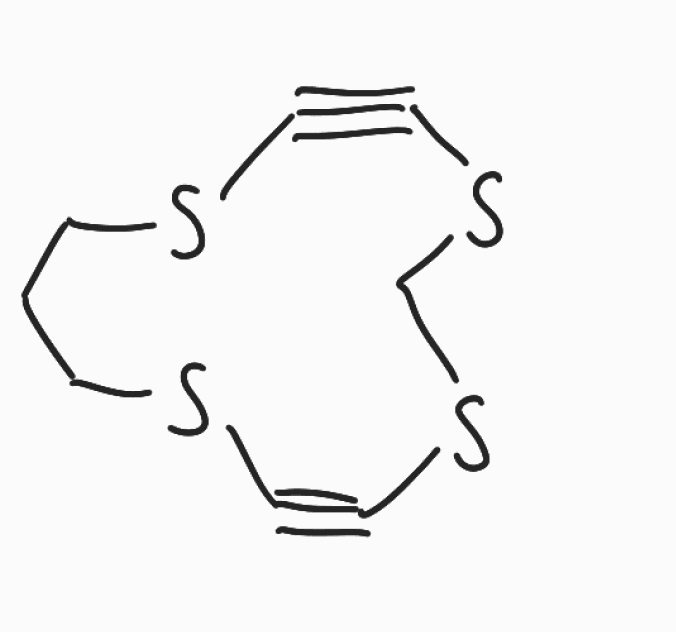
Simplified molecular-input line-entry system (SMILES) notation of the given molecule:
C1CSC#CSCSC#CSC1